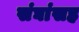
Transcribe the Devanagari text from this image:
संघांसह